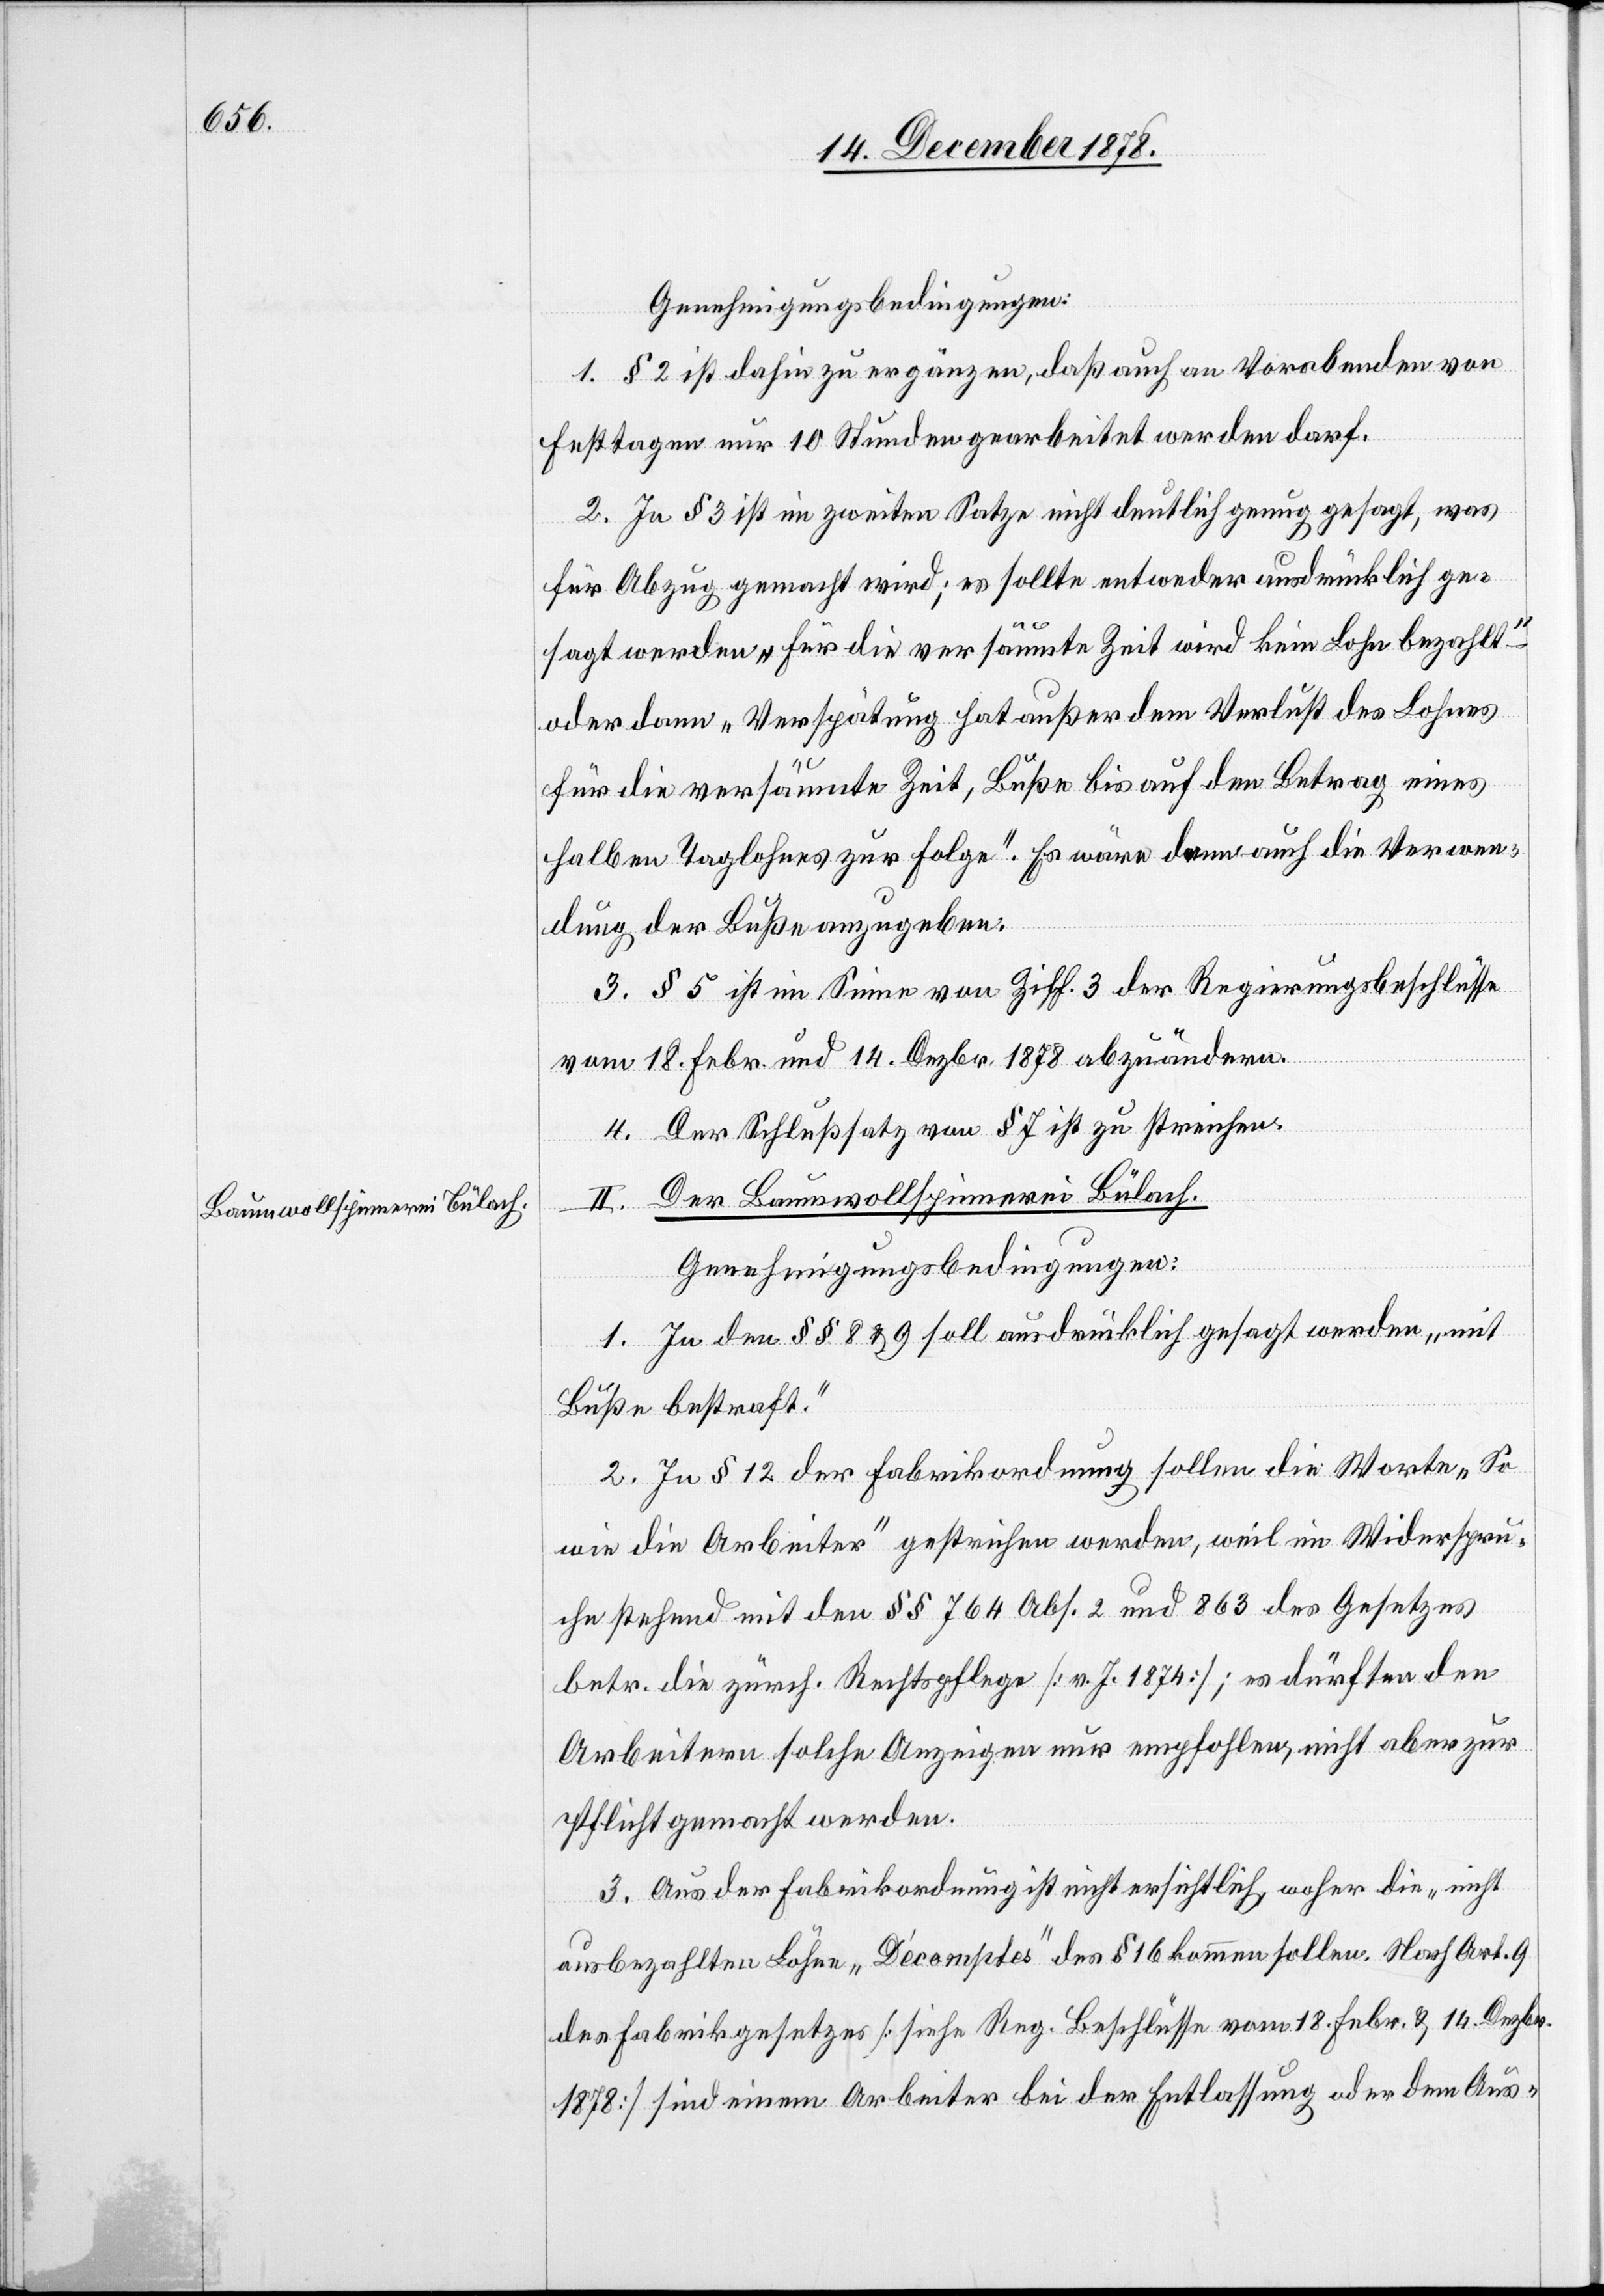
1. § 2 ist dahin zu ergänzen, daß auch an Vorabenden von
Festtagen nur 10 Stunden gearbeitet werden darf.
2. In § 3 ist im zweiten Satze nicht deutlich genug gesagt, was
für Abzug gemacht wird; es sollte entweder ausdrücklich ge¬
sagt werden „für die versäumte Zeit wird kein Lohn bezahlt“
oder dann „Verspätung hat außer dem Verlust des Lohnes
für die versäumte Zeit, Buße bis auf den Betrag eines
halben Taglohnes zur Folge“. Es wäre denn auch die Verwen¬
dung der Buße anzugeben.
3. § 5 ist im Sinne von Ziff. 3 der Regierungsbeschlüsse
vom 18. Febr. und 14. Dezbr. 1878 abzuändern.
4. Der Schlusssatz von § 7 ist zu streichen.
Genehmigungsbedingungen: